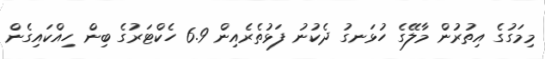
މިމަގުގެ އިތުރުން މާލޭގެ ހުޅަނގު ދެކުނު ފަޅުތެރެއިން 6.9 ހެކްޓަރުގެ ބިން ހިއްކައިގެން